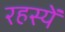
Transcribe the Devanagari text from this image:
रहस्यें